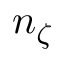
n _ { \zeta }